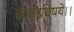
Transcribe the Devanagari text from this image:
व्यस्तविषये।।